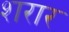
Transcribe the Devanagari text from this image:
शरार